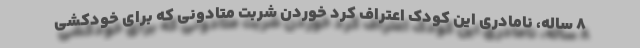
۸ ساله، نامادری این کودک اعتراف کرد خوردن شربت متادونی که برای خودکشی